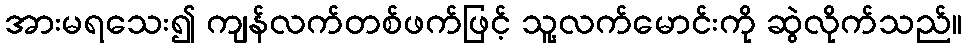
အားမရသေး၍ ကျန်လက်တစ်ဖက်ဖြင့် သူ့လက်မောင်းကို ဆွဲလိုက်သည်။